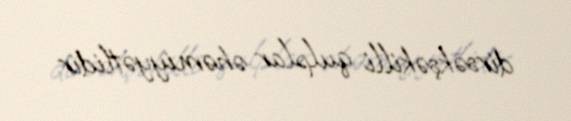
dirsəkşəkilli qulplar əhəmiyyətlidir.